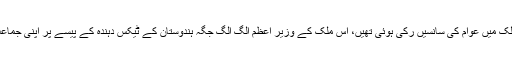
اس پورے واقعے کے دوران جب ملک میں عوام کی سانسیں رکی ہوئی تھیں، اس ملک کے وزیر اعظم الگ الگ جگہ ہندوستان کے ٹیکس دہندہ کے پیسے پر اپنی جماعت کی انتخابی تشہیر کر رہے تھے۔